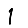
Digit: 1